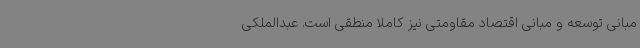
مبانی توسعه و مبانی اقتصاد مقاومتی نیز کاملا منطقی است. عبدالملکی